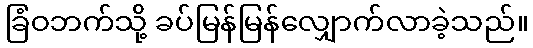
ခြံဝဘက်သို့ ခပ်မြန်မြန်လျှောက်လာခဲ့သည်။